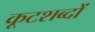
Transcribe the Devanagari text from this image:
कूटशब्दों